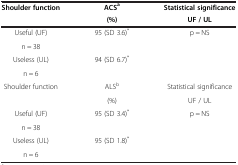
<table><thead><tr><td rowspan="2"><b>Shoulder function</b></td><td><b>ACS<sup>a</sup></b></td><td><b>Statistical significance</b></td></tr><tr><td><b>(%)</b></td><td><b>UF / UL</b></td></tr></thead><tbody><tr><td>Useful (UF)</td><td rowspan="2">95 (SD 3.6)<sup>*</sup></td><td rowspan="4">p = NS</td></tr><tr><td>n = 38</td></tr><tr><td>Useless (UL)</td><td rowspan="2">94 (SD 6.7)<sup>*</sup></td></tr><tr><td>n = 6</td></tr><tr><td rowspan="2">Shoulder function</td><td>ALS<sup>b</sup></td><td>Statistical significance</td></tr><tr><td>(%)</td><td>UF / UL</td></tr><tr><td>Useful (UF)</td><td rowspan="2">95 (SD 3.4)<sup>*</sup></td><td rowspan="4">p = NS</td></tr><tr><td>n = 38</td></tr><tr><td>Useless (UL)</td><td rowspan="2">95 (SD 1.8)<sup>*</sup></td></tr><tr><td>n = 6</td></tr></tbody></table>